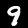
Digit: 9